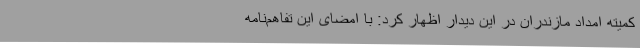
کمیته امداد مازندران در این دیدار اظهار کرد: با امضای این تفاهم‌نامه